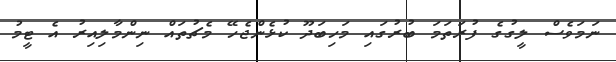
ނަމަވެސް ލީގުގެ ފުރަތަމަ ބުރުގައި މަހިބަދޫ ކުޅެންޖެހޭ މެޗުތައް ނިންމާލިއިރު އެ ޓީމު